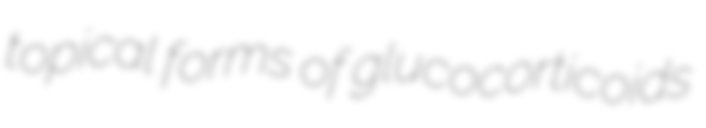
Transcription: topical forms of glucocorticoids